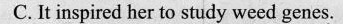
C. It inspired her to study weed genes.